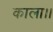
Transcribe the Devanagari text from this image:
काला।।